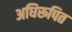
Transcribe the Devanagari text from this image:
अधिरूपित